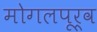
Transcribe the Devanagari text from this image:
मोगलपूर्व